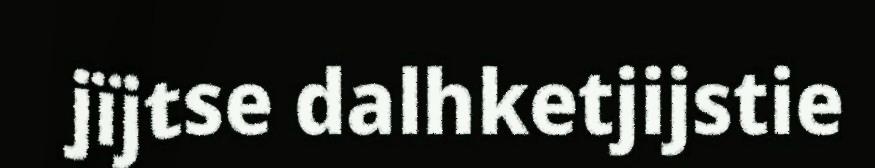
jïjtse dalhketjijstie